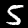
Label: 5